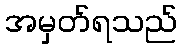
အမှတ်ရသည်